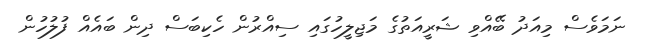
ނަމަވެސް މިއަދު ބޭއްވި ޝަރީއަތުގެ މަޖިލީހުގައި ސިއްރުން ހެކިބަސް ދިން ބައެއް ފުލުހުން